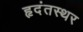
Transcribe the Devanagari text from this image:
हृदंतस्थर